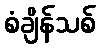
စံချိန်သစ်